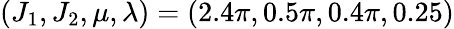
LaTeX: (J_{1},J_{2},\mu,\lambda)=(2.4\pi,0.5\pi,0.4\pi,0.25)